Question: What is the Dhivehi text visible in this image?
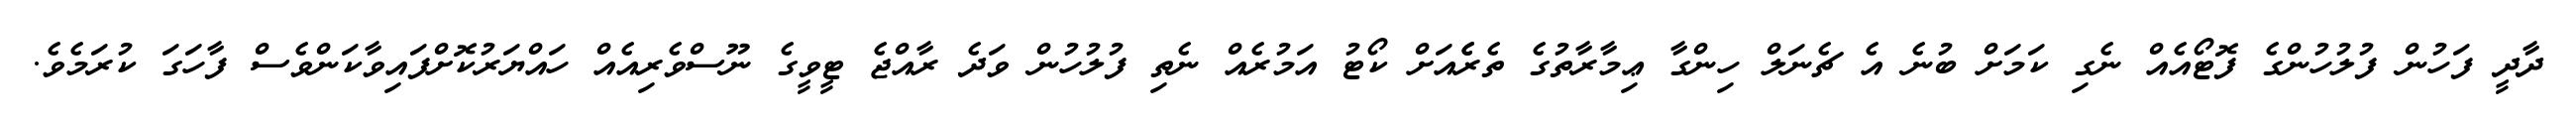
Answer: ދާދީ ފަހުން ފުލުހުންގެ ފޮޓޯއެއް ނެގި ކަމަށް ބުނެ އެ ޗެނަލް ހިންގާ ޢިމާރާތުގެ ތެރެެއަށް ކޯޓު އަމުރެއް ނެތި ފުލުހުން ވަދެ ރާއްޖެ ޓީވީގެ ނޫސްވެރިއެއް ހައްޔަރުކޮށްފައިވާކަންވެސް ފާހަގަ ކުރަމެވެ.